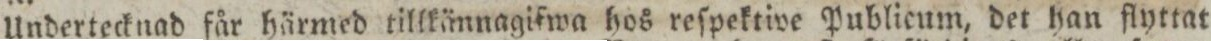
Undertecknad får härmed tillkännagifwa hos reſpektive Publicum, det han flyttat